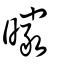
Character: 曮